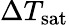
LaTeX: \Delta T_{\mathrm{{sat}}}